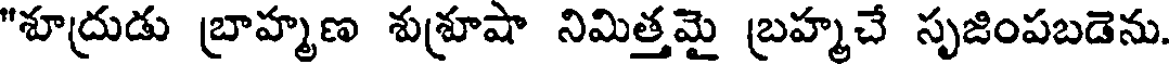
"శూద్రుడు బ్రాహ్మణ శుశ్రూషా నిమిత్తమై బ్రహ్మచే సృజింపబడెను.